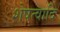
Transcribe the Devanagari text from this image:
शेषत्वादि